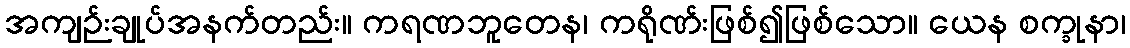
အကျဉ်းချုပ်အနက်တည်း။ ကရဏဘူတေန၊ ကရိုဏ်းဖြစ်၍ဖြစ်သော။ ယေန စက္ခုနာ၊